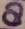
Text: 8